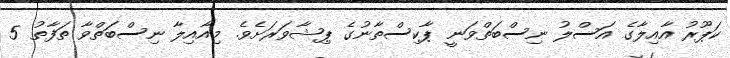
ކަޕޫރު އާއިލާގެ އަސްލު ނިސްބަތްވަނީ ޕާކިސްތާނުގެ ޕިޝާވަރަށެވެ. މިއާއިލާ ނިސްބަތްވާ ތަފާތު 5